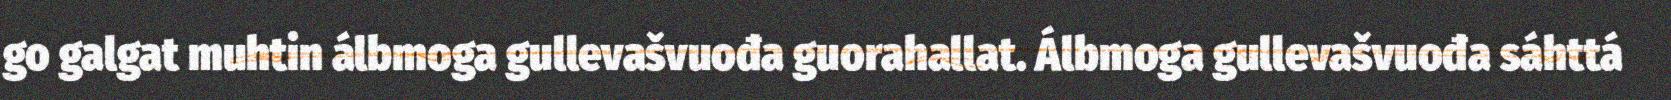
go galgat muhtin álbmoga gullevašvuođa guorahallat. Álbmoga gullevašvuođa sáhttá